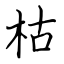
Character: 枯